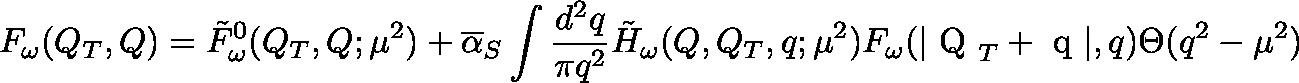
F _ { \omega } ( Q _ { T } , Q ) = \tilde { F } _ { \omega } ^ { 0 } ( Q _ { T } , Q ; \mu ^ { 2 } ) + \overline { { { \alpha } } } _ { S } \int \frac { d ^ { 2 } q } { \pi q ^ { 2 } } \tilde { H } _ { \omega } ( Q , Q _ { T } , q ; \mu ^ { 2 } ) F _ { \omega } ( | \mathrm { \boldmath ~ Q ~ } _ { T } + \mathrm { \boldmath ~ q ~ } | , q ) \Theta ( q ^ { 2 } - \mu ^ { 2 } )